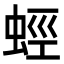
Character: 蛵